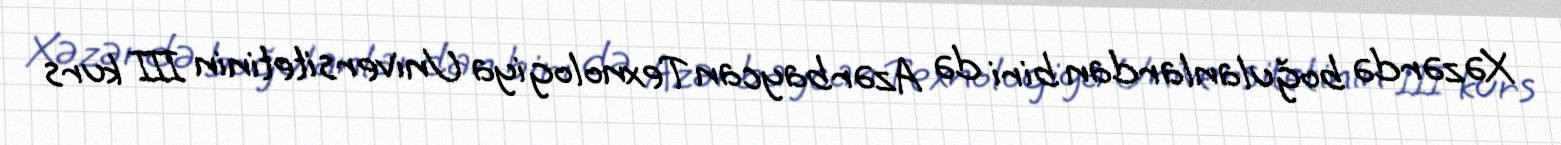
Xəzərdə boğulanlardan biri də Azərbaycan Texnologiya Universitetinin III kurs